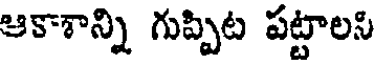
ఆకాశాన్ని గుప్పిట పట్టాలసి